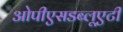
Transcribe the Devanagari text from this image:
ओपीएसडब्लूएटी